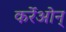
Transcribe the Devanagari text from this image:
कर्रेओन्